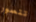
تتصور